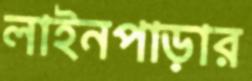
লাইনপাড়ার